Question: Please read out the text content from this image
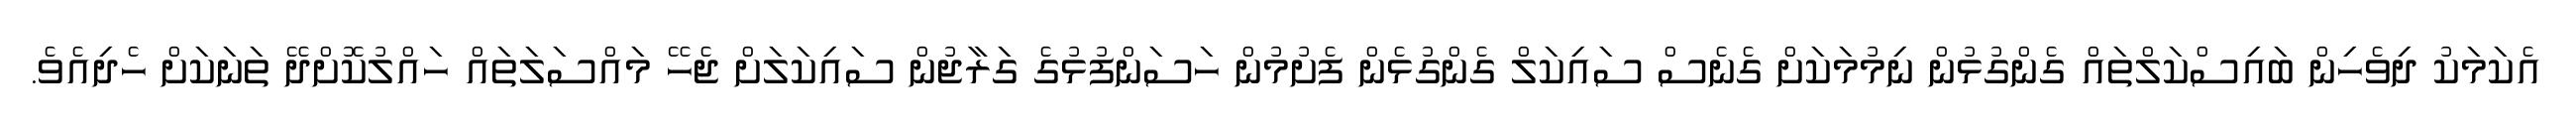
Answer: އެކަމަކު ދިވެހިން ބައިސްކަލްތައް ގެންގުޅުން ނިމުމަކަށް ގެނެސް ސައިކަލް ގެންގުޅެން ފެށުމުން ހަސަންފުޅުގެ ގަރާޖުން ސައިކަލަށް ޖެހޭ މައްސަލަތައް ހައްލުކޮށްދޭ ތަނަކަށް ހެދިއެވެ.